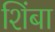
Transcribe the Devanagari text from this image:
शिंबा